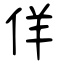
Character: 佯